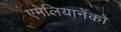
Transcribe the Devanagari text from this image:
एमेलियानेंको